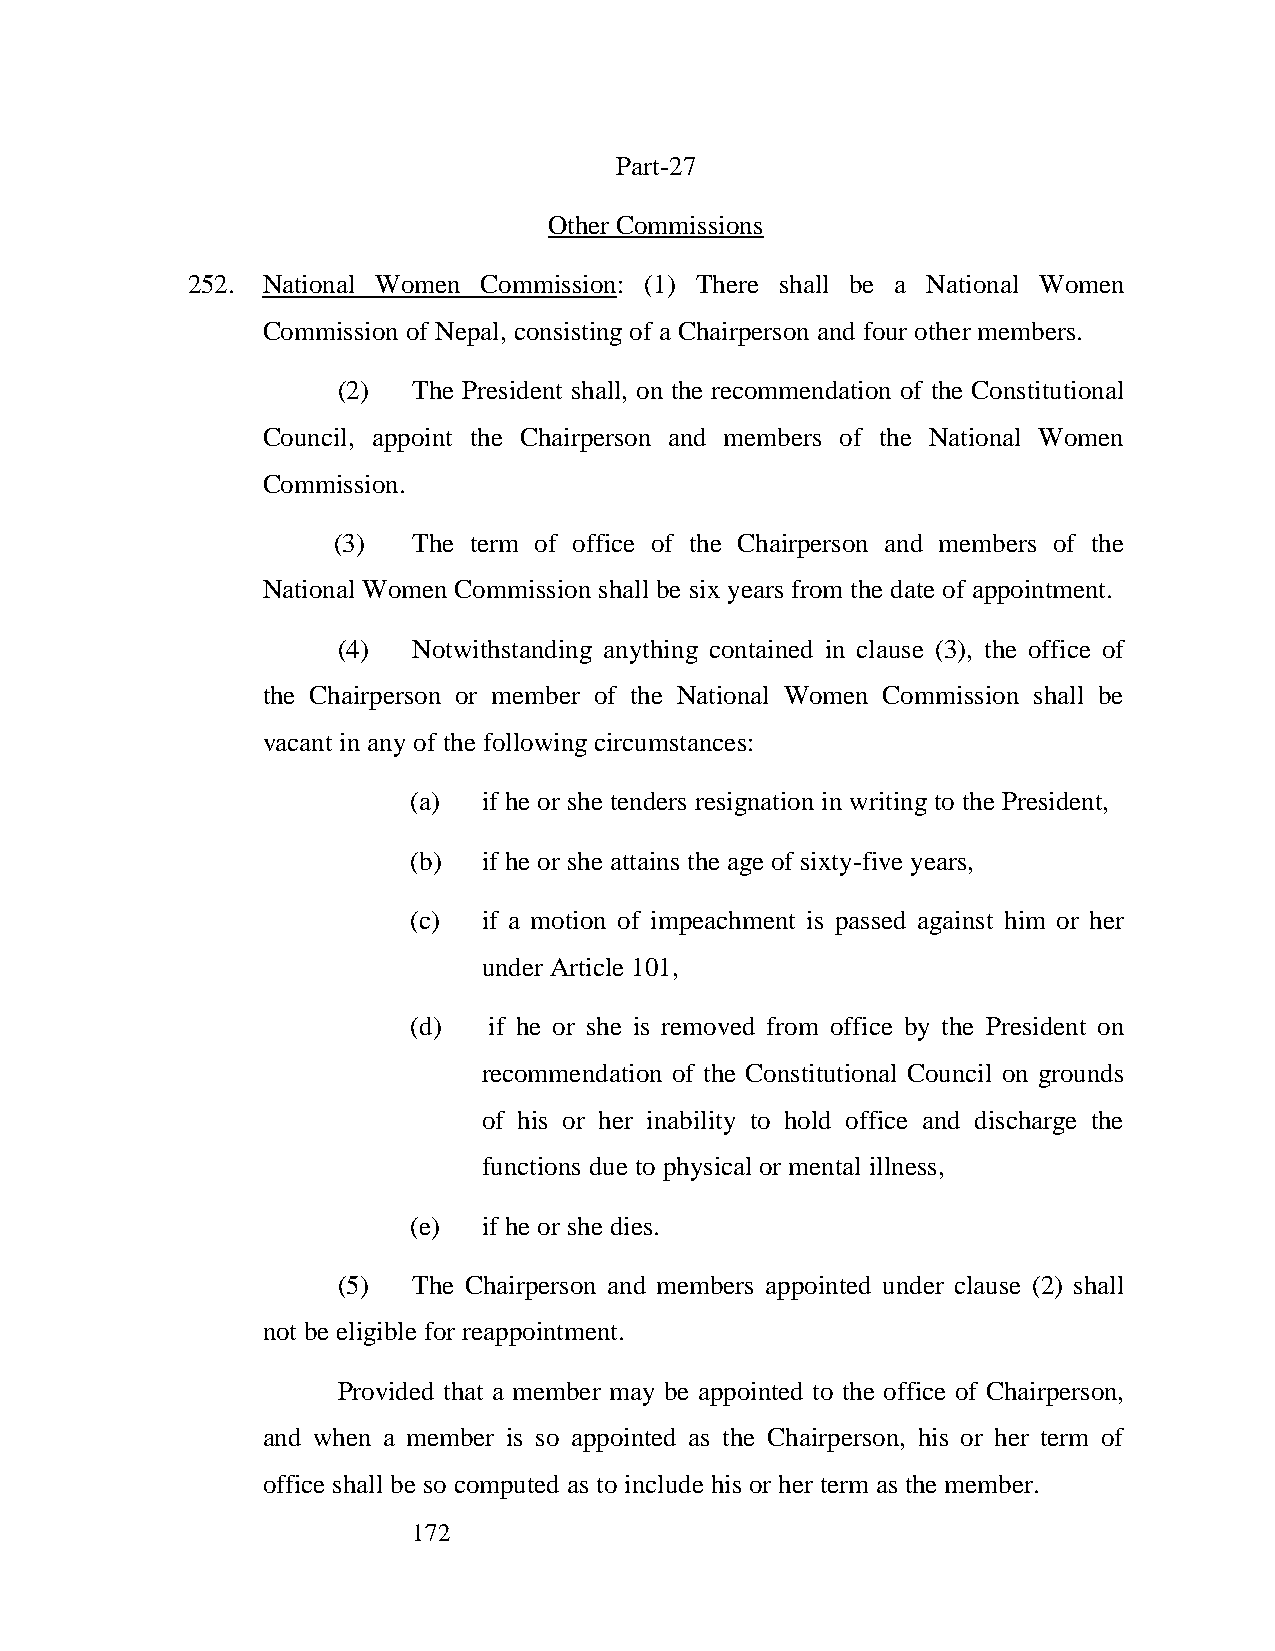
Part-27
 Other Commissions
 252. National Women Commission: (1) There shall be a National Women
 Commission of Nepal, consisting of a Chairperson and four other members.
 (2)  The President shall, on the recommendation of the Constitutional
 Council, appoint the Chairperson and members of the National Women
 Commission.
 (3)  The term of office of the Chairperson and members of the
 National Women Commission shall be six years from the date of appointment.
 (4)  Notwithstanding anything contained in clause (3), the office of
 the Chairperson or member of the National Women Commission shall be
 vacant in any of the following circumstances:
 (a)  if he or she tenders resignation in writing to the President,
 (b)  if he or she attains the age of sixty-five years,
 (c)  if a motion of impeachment is passed against him or her
 under Article 101,
 (d)  if he or she is removed from office by the President on
 recommendation of the Constitutional Council on grounds
 of his or her inability to hold office and discharge the
 functions due to physical or mental illness,
 (e)  if he or she dies.
 (5)  The Chairperson and members appointed under clause (2) shall
 not be eligible for reappointment.
 Provided that a member may be appointed to the office of Chairperson,
 and when a member is so appointed as the Chairperson, his or her term of
 office shall be so computed as to include his or her term as the member.
 172